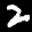
Label: 2